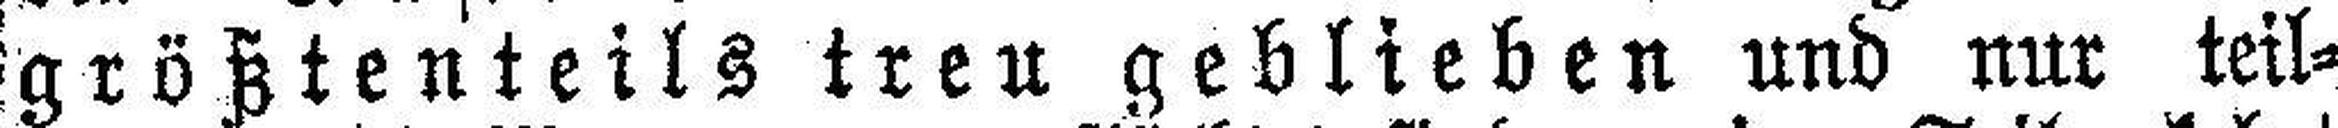
größtenteils treu geblieben und nur teil¬